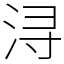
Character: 浔